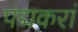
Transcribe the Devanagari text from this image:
पद्मकरां